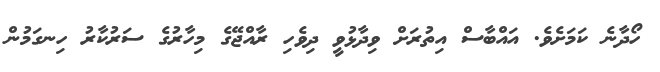
ހޯދާނެ ކަމަށެވެ. އައްބާސް އިތުރަށް ވިދާޅުވީ ދިވެހި ރާއްޖޭގެ މިހާރުގެ ސަރުކާރު ހިނގަމުން